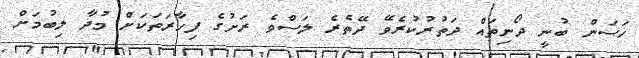
ހަސަން ބުނީ ދޯނިތައް ދަތުރުކުރެވޭ ދޭތެރެ ލަސްވެ ރަށުގެ ފިހާރަތަކަށް މުދާ ލިބުމަށް